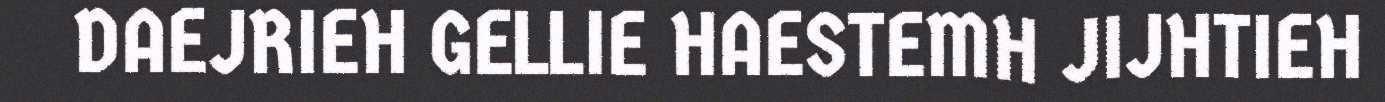
DAEJRIEH GELLIE HAESTEMH JIJHTIEH